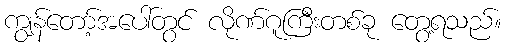
ကျွန်တော့်အပေါ်တွင် လိုဏ်ဂူကြီးတစ်ခု တွေ့ရသည်။